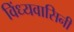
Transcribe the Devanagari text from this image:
विंध्‍यवासिनी